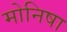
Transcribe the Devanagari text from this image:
मोनिषा